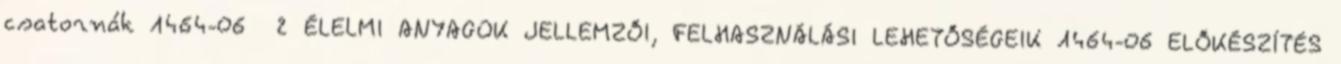
csatornák 1464-06 2 ÉLELMI ANYAGOK JELLEMZŐI, FELHASZNÁLÁSI LEHETŐSÉGEIK 1464-06 ELŐKÉSZÍTÉS